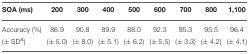
| SOA (ms) | 200 | 300 | 400 | 500 | 600 | 700 | 800 | 1,100 |
 | --- | --- | --- | --- | --- | --- | --- | --- | --- |
 | Accuracy (%) | 86.9 | 90.8 | 89.9 | 88.0 | 92.3 | 95.3 | 95.5 | 96.4 |
 | (± SDa) | (± 5.0) | (± 8.0) | (± 5.1) | (± 6.2) | (± 5.5) | (± 3.3) | (± 4.2) | (± 4.1) |